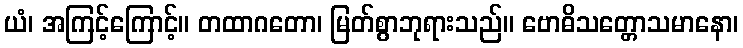
ယံ၊ အကြင့်ကြောင့်။ တထာဂတော၊ မြတ်စွာဘုရားသည်။ ဗောဓိသတ္တောသမာနော၊